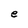
Character: e